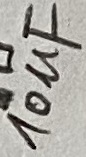
Text: 10uF